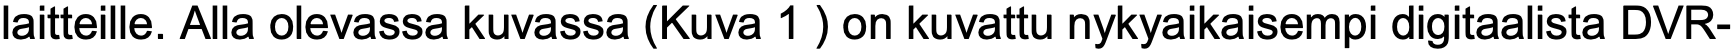
laitteille. Alla olevassa kuvassa (Kuva 1 ) on kuvattu nykyaikaisempi digitaalista DVR-